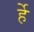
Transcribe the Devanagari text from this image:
र्हे